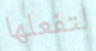
لتفعلها